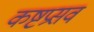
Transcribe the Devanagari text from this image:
कष्टप्रसव